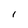
Character: I